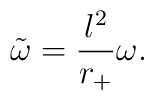
{\tilde{\omega}}=\displaystyle\frac{l^{2}}{r_{+}}\omega .